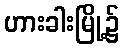
ဟားခါးမြို့၌